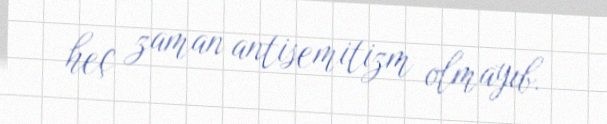
heç zaman antisemitizm olmayıb.